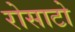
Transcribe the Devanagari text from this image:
रोसाटो